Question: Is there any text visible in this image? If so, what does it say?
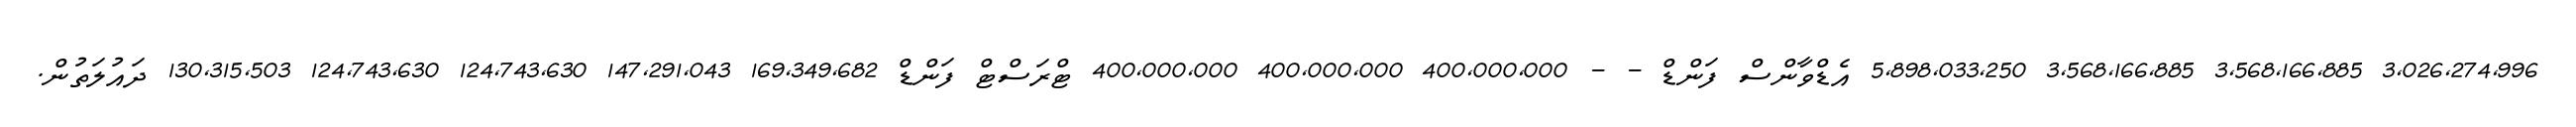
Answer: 3,026,274,996 3,568,166,885 3,568,166,885 5,898,033,250 އެޑްވާންސް ފަންޑް - - 400,000,000 400,000,000 400,000,000 ޓްރަސްޓް ފަންޑް 169,349,682 147,291,043 124,743,630 124,743,630 130,315,503 ދައުލަތުން.